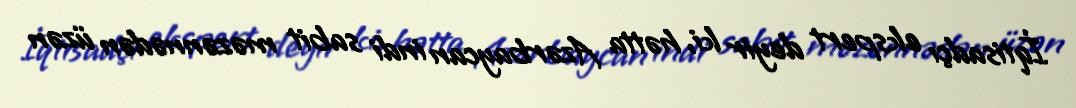
İqtisadçı ekspert deyir ki, hətta Azərbaycan indi sabit məzənnədən üzən